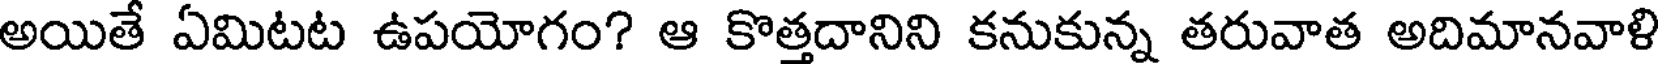
అయితే ఏమిటట ఉపయోగం? ఆ కొత్తదానిని కనుకున్న తరువాత అదిమానవాళి